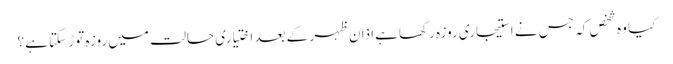
کیا وہ شخص کہ جس نے استیجاری روزہ رکھا ہےاذان ظہر کے بعد اختیاری حالت میں روزہ توڑ سکتا ہے؟